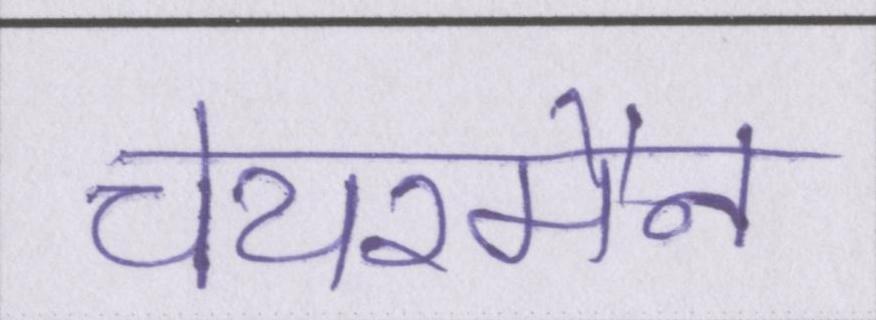
चेयरमैन